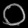
Digit: ၀